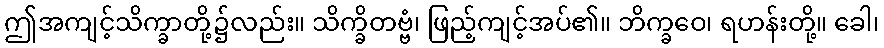
ဤအကျင့်သိက္ခာတို့၌လည်း။ သိက္ခိတဗ္ဗံ၊ ဖြည့်ကျင့်အပ်၏။ ဘိက္ခဝေ၊ ရဟန်းတို့။ ခေါ၊